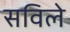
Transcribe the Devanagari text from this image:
सविले